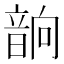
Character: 𲊧